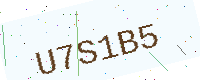
Text: U7S1B5